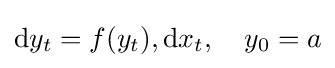
\mathrm {d} y_{t}=f(y_{t}),\mathrm {d} x_{t},\quad y_{0}=a